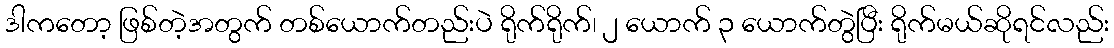
ဒါကတော့ ဖြစ်တဲ့အတွက် တစ်ယောက်တည်းပဲ ရိုက်ရိုက်၊ ၂ ယောက် ၃ ယောက်တွဲပြီး ရိုက်မယ်ဆိုရင်လည်း